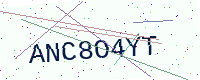
Text: ANC8O4YT